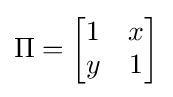
\Pi ={\begin{bmatrix}1&x\\y&1\end{bmatrix}}